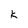
Character: k